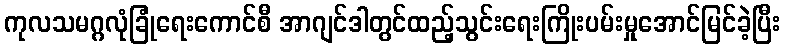
ကုလသမဂ္ဂလုံခြုံရေးကောင်စီ အာဂျင်ဒါတွင်ထည့်သွင်းရေးကြိုးပမ်းမှုအောင်မြင်ခဲ့ပြီး